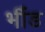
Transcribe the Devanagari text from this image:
भीँड